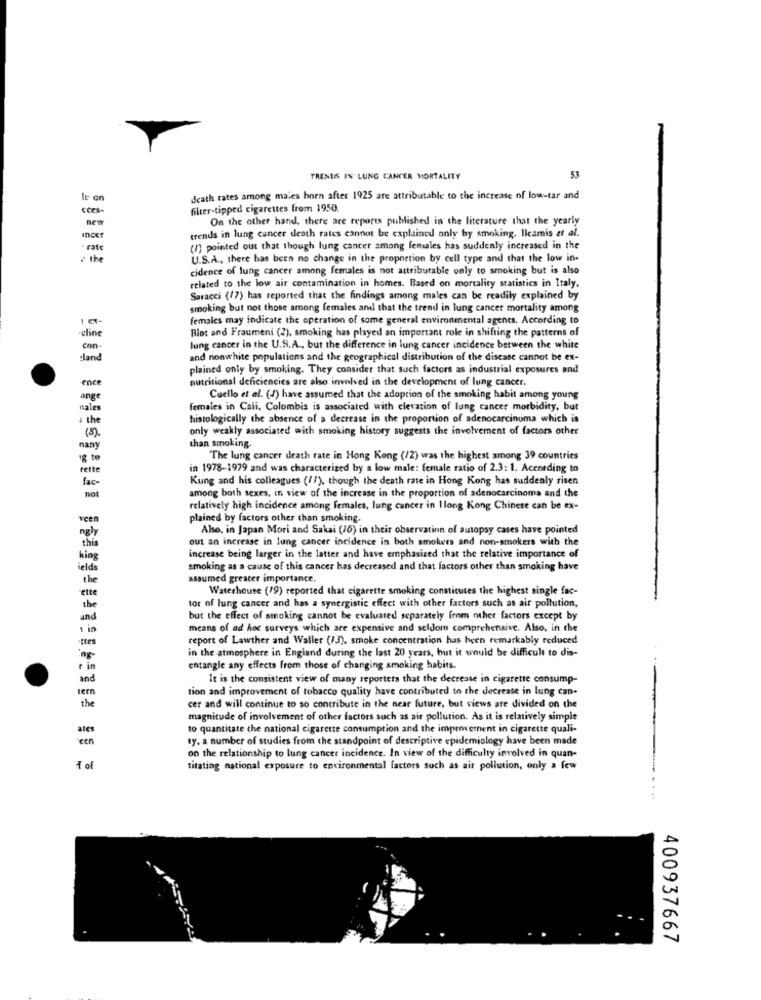
TRENES IN LUNG CANCER MORTALITY
le on
death rates among males born after 1925 are attributable to the increase of low-tar and
Eces-
filter-tipped cigarettes from 1950
new
On the other hand, there are reports published in the literature that the yearly
Incer
trends in lung cancer death rates cannot be explained only by smoking. Ileamis et al.
· rate
(1) pointed out that though lung cancer among females has suddenly increased in the
: the
U.S.A ., there has been no change in the proportion by cell type and that the low in-
cidence of lung cancer among females is not attributable only to smoking but is also
related to the low air contamination in homes. Based on mortality statistics in Italy.
Saracci (17) has reported that the findings among males can be readily explained by
smoking but not those among females and that the trend in lung cancer mortality among
females may indicate the operation of some general environmental agents. According to
cline
Blot and Fraumeni (2), smoking has played an important role in shifting the patterns of
con-
lung cancer in the U.S.A ., but the difference in lung cancer incidence between the white
land
and nonwhite populations and the geographical distribution of the disease cannot be ex-
plained only by smoking. They consider that such factors as industrial exposures and
ence
nutritional deficiencies are also involved in the development of lung cancer.
ange
Cuello et al. (1) have assumed that the adoption of the smoking habit among young
nales
females in Cali, Colombia is associated with elevation of lung cancer morbidity, but
the
histologically the absence of a decrease in the proportion of adenocarcinoma which is
only weakly associated with smoking history suggests the involvement of factors other
(5).
than smoking.
nany
18 to
The lung cancer death rate in Hong Kong (/2) was the highest among 39 countries
rette
in 1978-1979 and was characterized by a low male: female ratio of 2.3: 1. According to
fac-
Kung and his colleagues (11), though the death rate in Hong Kong has suddenly risen
among both sexes, in view of the increase in the proportion of adenocarcinoma and the
not
relatively high incidence among females, lung cancer in 1long Kong Chinese can be ex-
veen
plained by factors other than smoking.
ngly
Also, in Japan Mori and Sakai (16) in their observation of autopsy cases have pointed
this
out an increase in lung cancer incidence in both smokers and non-smokers with the
king
increase being larger in the latter and have emphasized that the relative importance of
ields
smoking as a cause of this cancer has decreased and that factors other than smoking have
the
assumed greater importance.
cette
Waterhouse (19) reported that cigarette smoking constitutes the highest single fac-
tor of lung cancer and has a synergistic effect with other factors such as air pollution,
and
but the effect of smoking cannot be evaluated separately from other factors except by
1 is
means of ad hoc surveys which are expensive and seldom comprehensive. Also, in the
-ttes
report of Lawther and Waller (13), smoke concentration has been remarkably reduced
in the atmosphere in England during the last 20 years, but it would be difficult to dis-
ing-
r in
entangle any effects from those of changing smoking habits.
and
It is the consistent view of many reporters that the decrease in cigarette consump-
tern
tion and improvement of tobacco quality have contributed to the decrease in lung can-
the
cer and will continue to so contribute in the near future, but views are divided on the
magnitude of involvement of other factors such as air pollution. As it is relatively simple
ales
to quantitate the national cigarette consumption and the improvement in cigarette quali-
een
ty. a number of studies from the standpoint of descriptive epidemiology have been made
on the relationship to lung cancer incidence. In view of the difficulty involved in quan-
1 of
titating national exposure to environmental factors such as air pollution, only a few
400937667